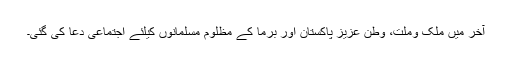
آخر میں ملک وملت، وطن عزیز پاکستان اور برما کے مظلوم مسلمانوں کیلئے اجتماعی دعا کی گئی۔